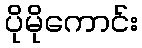
ပိုမိုကောင်း